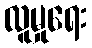
လူမှုရေး